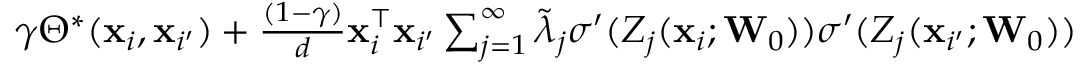
\begin{array} { r } { \gamma \Theta ^ { \ast } ( \mathbf { x } _ { i } , \mathbf { x } _ { i ^ { \prime } } ) + \frac { ( 1 - \gamma ) } { { d } } \mathbf { x } _ { i } ^ { \top } \mathbf { x } _ { i ^ { \prime } } \sum _ { j = 1 } ^ { \infty } \widetilde \lambda _ { j } \sigma ^ { \prime } ( Z _ { j } ( \mathbf { x } _ { i } ; \mathbf { W } _ { 0 } ) ) \sigma ^ { \prime } ( Z _ { j } ( \mathbf { x } _ { i ^ { \prime } } ; \mathbf { W } _ { 0 } ) ) } \end{array}